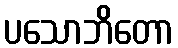
ပသောဘိတော